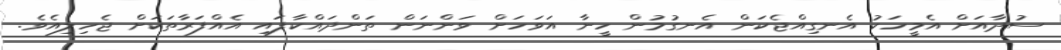
ސުދާއަށް އެމީހަކު އެނގިއްޖެކަން އެނގުމުން ހީނާ އަވަހަށް ވަންނަން ތަންދައްކާފައި އެއްފަރާތަކަށް ޖެހިލިއެވެ.